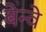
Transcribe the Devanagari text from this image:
बेन्वे